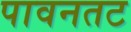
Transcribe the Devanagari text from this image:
पावनतट